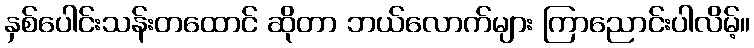
နှစ်ပေါင်းသန်းတထောင် ဆိုတာ ဘယ်လောက်များ ကြာညောင်းပါလိမ့်။